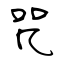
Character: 咒